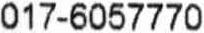
017-6057770